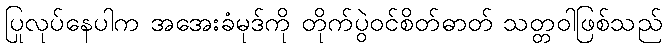
ပြုလုပ်နေပါက အအေးခံမုဒ်ကို တိုက်ပွဲဝင်စိတ်ဓာတ် သတ္တဝါဖြစ်သည်